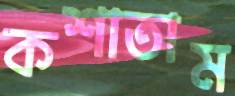
কশাতাম